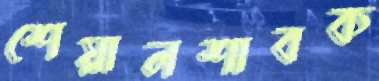
শেয়ালশাবক